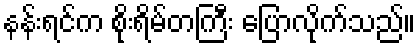
နန်းရင်က စိုးရိမ်တကြီး ပြောလိုက်သည်။